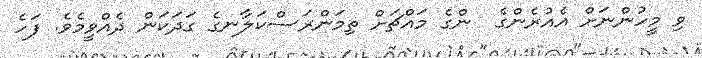
ވި މީހުންނަށް އެއުރެންގެ  ންގެ މައްޗަށް ތިމަންރަސްކަލާނގެ ގަދަކަން ދެއްވީމެވެ. ފަހެ